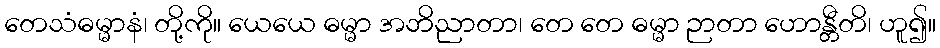
တေသံဓမ္မာနံ၊ တို့ကို။ ယေယေ ဓမ္မာ အဘိညာတာ၊ တေ တေ ဓမ္မာ ဉာတာ ဟောန္တီတိ၊ ဟူ၍။